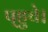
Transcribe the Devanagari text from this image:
प्‌हुचे।